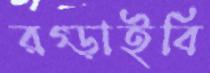
রগ্‌ড়াইবি